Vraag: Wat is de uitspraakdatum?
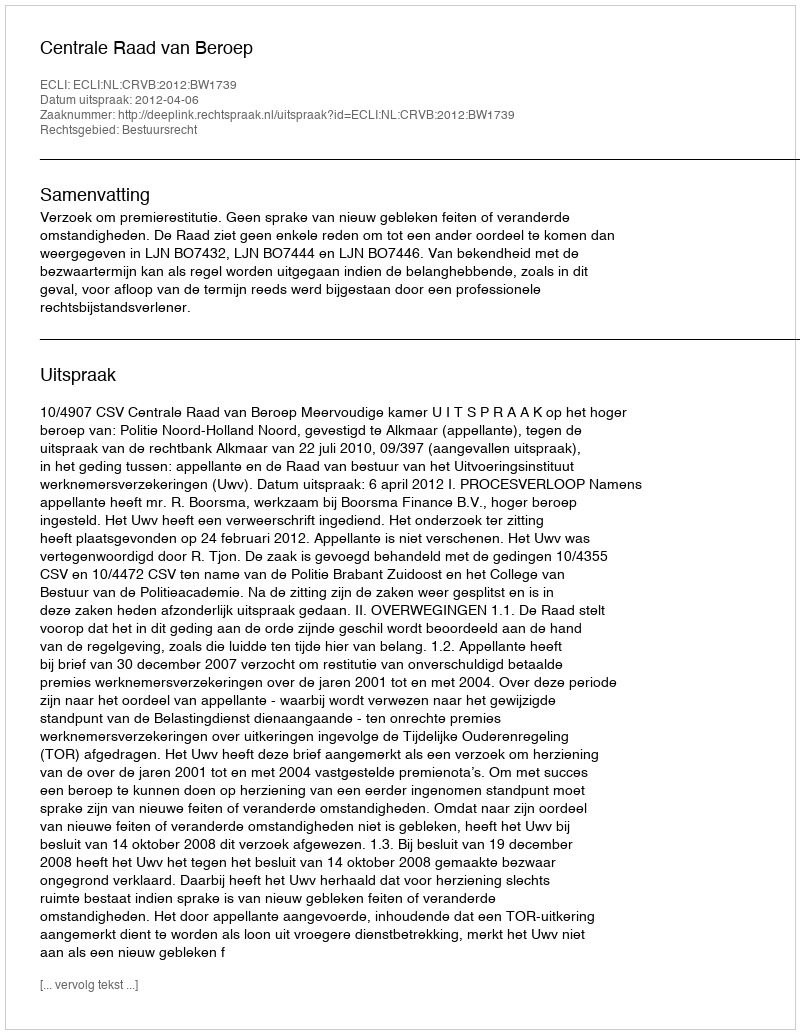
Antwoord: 2012-04-06